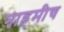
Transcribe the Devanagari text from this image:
नाहमीच